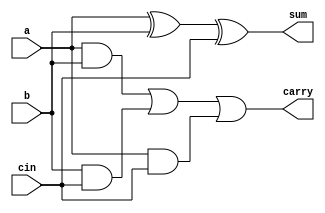
module fulladder(input a,b,cin,output sum,carry);
  assign sum=a^b^cin;
  assign carry=(a&b)|(b&cin)|(a&cin);
endmodule
/*half adder
module ha(input a,b, output sum,carry);
  assign sum=a^b;
  assign carry=a&b;
endmodule
//OR(gatemodeling)
module fa(input a,b,cin,output sum,carry);
   wire y1,y2,y3,y4;
   xor(y1,a,b);
   xor(sum,y1,cin);
   and(y3,a,b);
   and(y4,y3,cin);
   or(cout,y3,y4);*/